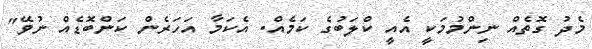
މެދު ގޮތެއް ނިންމުމަކީ އެއީ ކްލަބުގެ ކަމެއް. އެކަމާ އަހަރެން ކަންބޮޑެއް ނުވޭ"